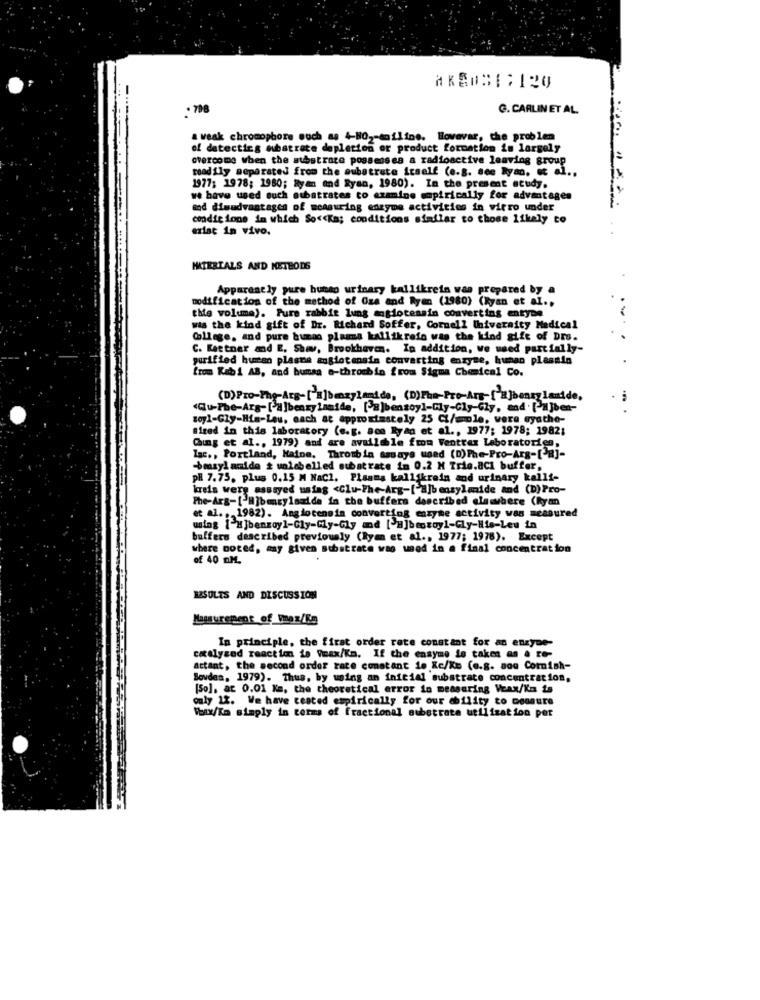
. 708
G. CARLIN ET AL
a weak chromophore such as 4-802-aniline. Hovevar, the problem
of detecting mbatrate depletion or product formation is largely
overcome when the substrate possesses a radioactive leaving group
readily separated from the substrate itself (e.g. see Ryan, et al .,
1977; 1978; 1980; Ryan and Ryan, 1980). In the present study.
we have used such substrates to examine empirically for advantages
and disadvantages of measuring enzyme activities in vitro under
conditions in which So << Ka; conditions similar to those likely to
exist in vivo.
..
MATERIALS AND METHODS
Apparently pure bunto urinary kallikrein was prepared by a
modification of the method of Cza and Ryan (1980) (Ryan et al .,
the volume). Pure rabbit lung sagdotensin converting entype
was the kind gift of Dr. Richard Soffer, Cornell University Medical
College, and pure bumno plams kallik rein was the kind gift of Drs.
C. Kettner and E, Stav, Brookhaven. In addition, we used partially-
purified human plaste angiotensin converting enzyme, hunan plasmin
from Kabi AB, and humsa o-thrombin from Sigma Chemical Co.
(D) Pro-Php-Arg-[a]b zylandde, (D) Fha-Pro-Ars-[ 2]beary Landde,
-
(Cu-Phe-Arg-[ H]benzylanide, [ B]benzoyl-Cly-Gly Gly, and . [i]ben-
10y1-Gly-His-Leu, each at approximately 25 CL/wmole, were uyathe-
mired in this laboratory (e.g. aco Ryan et al ., 1977; 1978; 1982;
Chung et al ., 1979) and are available from Ventrez Laboratories,
lac ., Portland, Haine, Thrombin assays used (D) Phe-Pro-Arg-[R]-
bezylamido & ualabelled substrate in 0.2 M Trio.acl buffer,
PR 7. 75, plus 0.15 M NaCl. Plaams kallikrain and urinary kalli-
kreis wery assayed using <Clu-The-Arg-[ a]benzylanide and (D)Pro-
The-Arg-[ H]benzyladdde in the buffers described elaswhere (Ryan
et al ., 1982). Angiotensin converting enzyme activity was measured
wing [ H]benzoyl-Gly-Gly-Gly and [ H]benzoyl-Gly-His-Leu in
buffers described previously (Ryan et al ., 1977; 1978). Except
where noted, any given sthatrate was used in a final concentration
of 40 nM.
RESULTS AND DISCUSSION
Massurement of mez/Km
In principle, the first order rete constant for an enzyme-
catalyzed reaction ie Vmax/Km. If the enzyme is taken as & re-
attant, the second order race constant ie Xc/Ke (e.g. aog Cornish-
Sovdes, 1979). Thus, by using an inicial substrate concentration,
[So], at 0.01 Ka, the theoretical error in measuring Veax/Km is
ouly 12. We have ceated empirically for our ability to mensure
Vax/Km simply in terms of fractional substrate utilization por